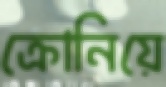
ক্রোনিয়ে